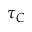
\tau _ { C }